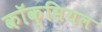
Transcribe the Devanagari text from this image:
कॉक्सियल